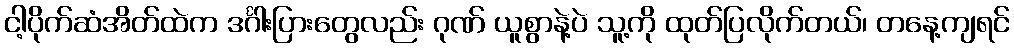
ငါ့ပိုက်ဆံအိတ်ထဲက ဒင်္ဂါးပြားတွေလည်း ဂုဏ် ယူစွာနဲ့ပဲ သူ့ကို ထုတ်ပြလိုက်တယ်၊ တနေ့ကျရင်